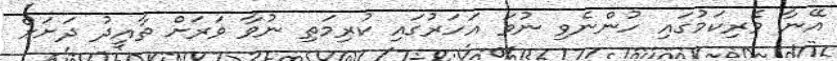
އޭނާ ވެރިކަމުގައި ހުންނެވި ނުވަ އަހަރުގައި ކުރިމަތި ނުވާ ވަރަށް ތާއީދު ދަށަށް